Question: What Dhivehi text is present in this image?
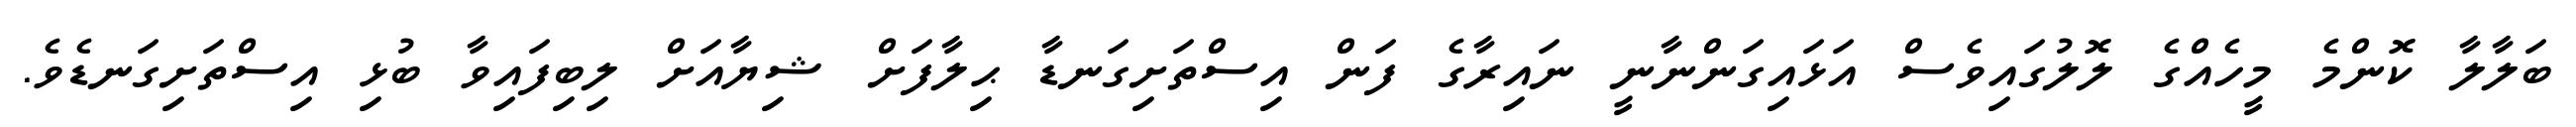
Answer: ބަލާލާ ކޮންމެ މީހެއްގެ ލޮލުގައިވެސް އަޅައިގަންނާނީ ނައިރާގެ ފަން އިސްތަށިގަނޑާ ޙިލާފަށް ޝިޔާއަށް ލިބިފައިވާ ބުޅި އިސްތަށިގަނޑެވެ.